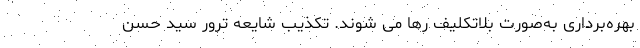
بهره‌برداری به‌صورت بلاتکلیف رها می شوند. تکذیب شایعه ترور سید حسن